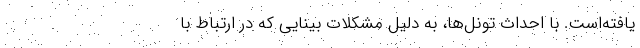
یافته‌است. با احداث تونل‌ها، به دلیل مشکلات بینایی که در ارتباط با